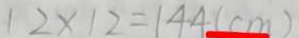
1 2 \times 1 2 = 1 4 4 ( c m )